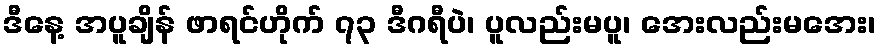
ဒီနေ့ အပူချိန် ဖာရင်ဟိုက် ၇၃ ဒီဂရီပဲ၊ ပူလည်းမပူ၊ အေးလည်းမအေး၊